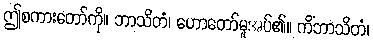
ဤစကားတော်ကို။ ဘာသိတံ၊ ဟောတော်မူအပ်၏။ ကိံဘာသိတံ၊